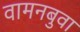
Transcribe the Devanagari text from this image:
वामनबुवा